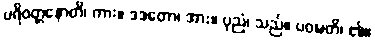
ပရိဝတ္တနောတိ၊ ကား။ ဒဒတော၊ အား။ ပုညံ၊ သည်။ ပဝဍ္ဎတိ၊ ၏။